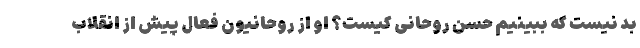
بد نیست که ببینیم حسن روحانی کیست؟ او از روحانیون فعال پیش از انقلاب